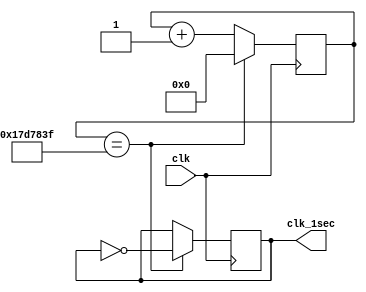
module divider(
			input clk,
			output clk_1sec
			);
			
	reg clk_1s;
	reg[27:0] count_clk;
	
	assign clk_1sec=clk_1s;
	initial
	begin
		clk_1s=0;
		count_clk=0;
	end
	
	always@(posedge clk)
	begin
		begin
			if(count_clk==24999999) 
				begin
					count_clk<=0;
					clk_1s <= ~clk_1s;
				end
			else
				count_clk<=count_clk+28'b1;
		end
	end
endmodule

//50MHz  1Hz, 1